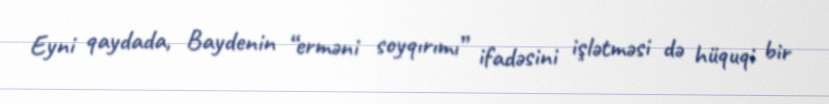
Eyni qaydada, Baydenin “erməni soyqırımı” ifadəsini işlətməsi də hüquqi bir